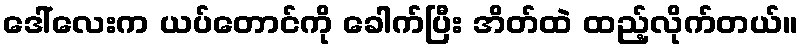
ဒေါ်လေးက ယပ်တောင်ကို ခေါက်ပြီး အိတ်ထဲ ထည့်လိုက်တယ်။